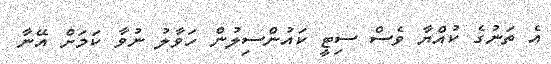
އެ ތަނުގެ ކުއްޔާ ވެސް ސިޓީ ކައުންސިލުން ހަވާލު ނުވާ ކަމަށް އޭނާ